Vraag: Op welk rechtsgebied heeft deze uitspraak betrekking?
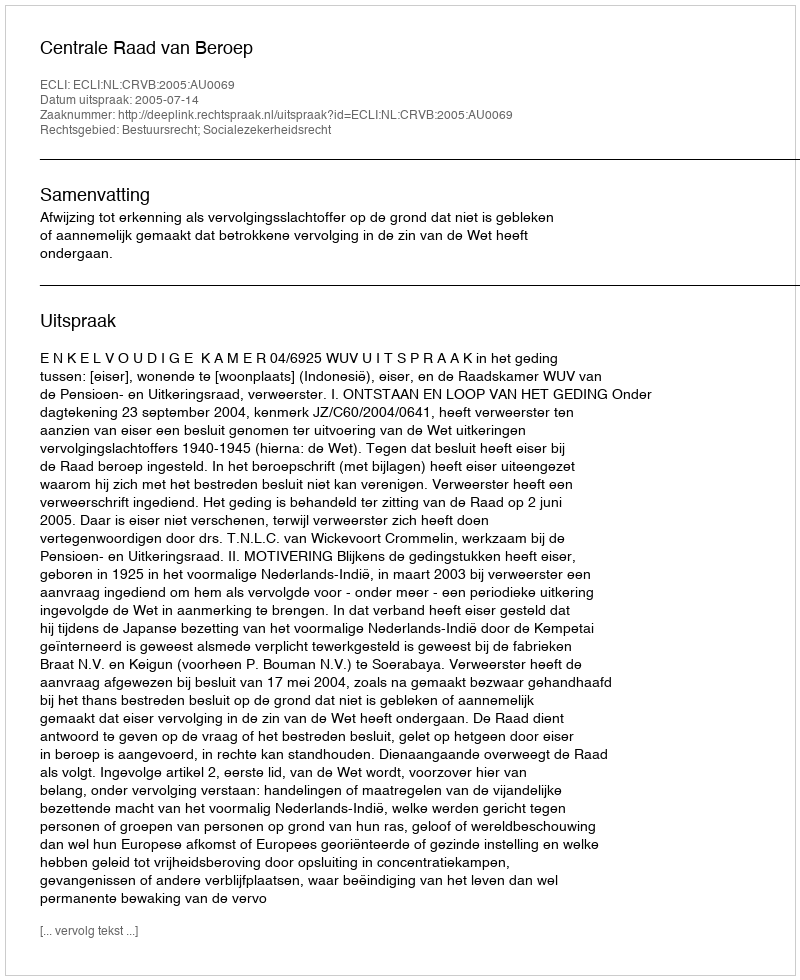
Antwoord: Bestuursrecht; Socialezekerheidsrecht